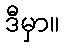
ဒီမှာ။